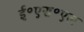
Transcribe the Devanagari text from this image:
ई॰एस॰एल